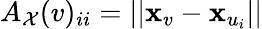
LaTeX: A_{\mathcal{X}}(v)_{ii}=||\mathbf{x}_{v}-\mathbf{x}_{u_{i}}||